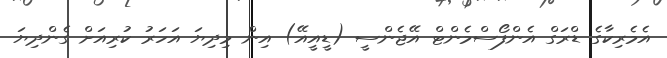
އެމެރިކާގެ ޑްރަގް އެންފޯސްމެންޓް އޭޖެންސީ (ޑީއީއޭ) އިން މިދިޔަ އަހަރު ކުރިއަށް ގެންދިޔަ